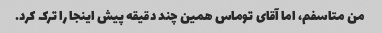
من متاسفم، اما آقای توماس همین چند دقیقه پیش اینجا را ترک کرد.